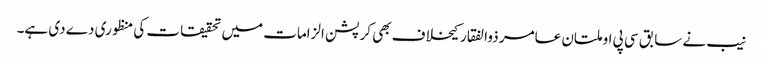
نیب نے سابق سی پی او ملتان عامر ذوالفقار کیخلاف بھی کرپشن الزامات میں تحقیقات کی منظوری دے دی ہے۔